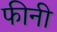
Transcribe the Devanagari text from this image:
फीनी